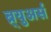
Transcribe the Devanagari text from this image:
ब्र्युअर्स